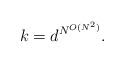
LaTeX: \begin{align*} k = d^{N^{O(N^2)}}. \end{align*}